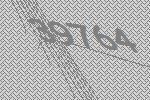
39764